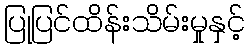
ပြုပြင်ထိန်းသိမ်းမှုနှင့်